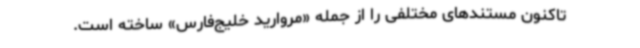
تاکنون مستندهای مختلفی را از جمله «مروارید خلیج‌فارس» ساخته است.